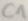
Text: C1